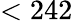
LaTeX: <242